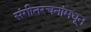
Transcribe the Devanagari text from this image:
संगीतरचनांमधून